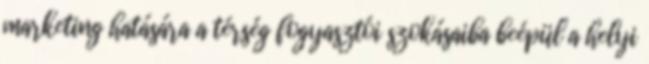
marketing hatására a térség fogyasztói szokásaiba beépül a helyi